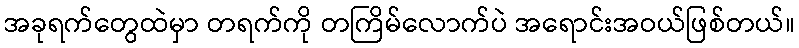
အခုရက်တွေထဲမှာ တရက်ကို တကြိမ်လောက်ပဲ အရောင်းအဝယ်ဖြစ်တယ်။